65_HS1-834228961_62-HQ-83894_Section_7
Agency: FBI
Page 24
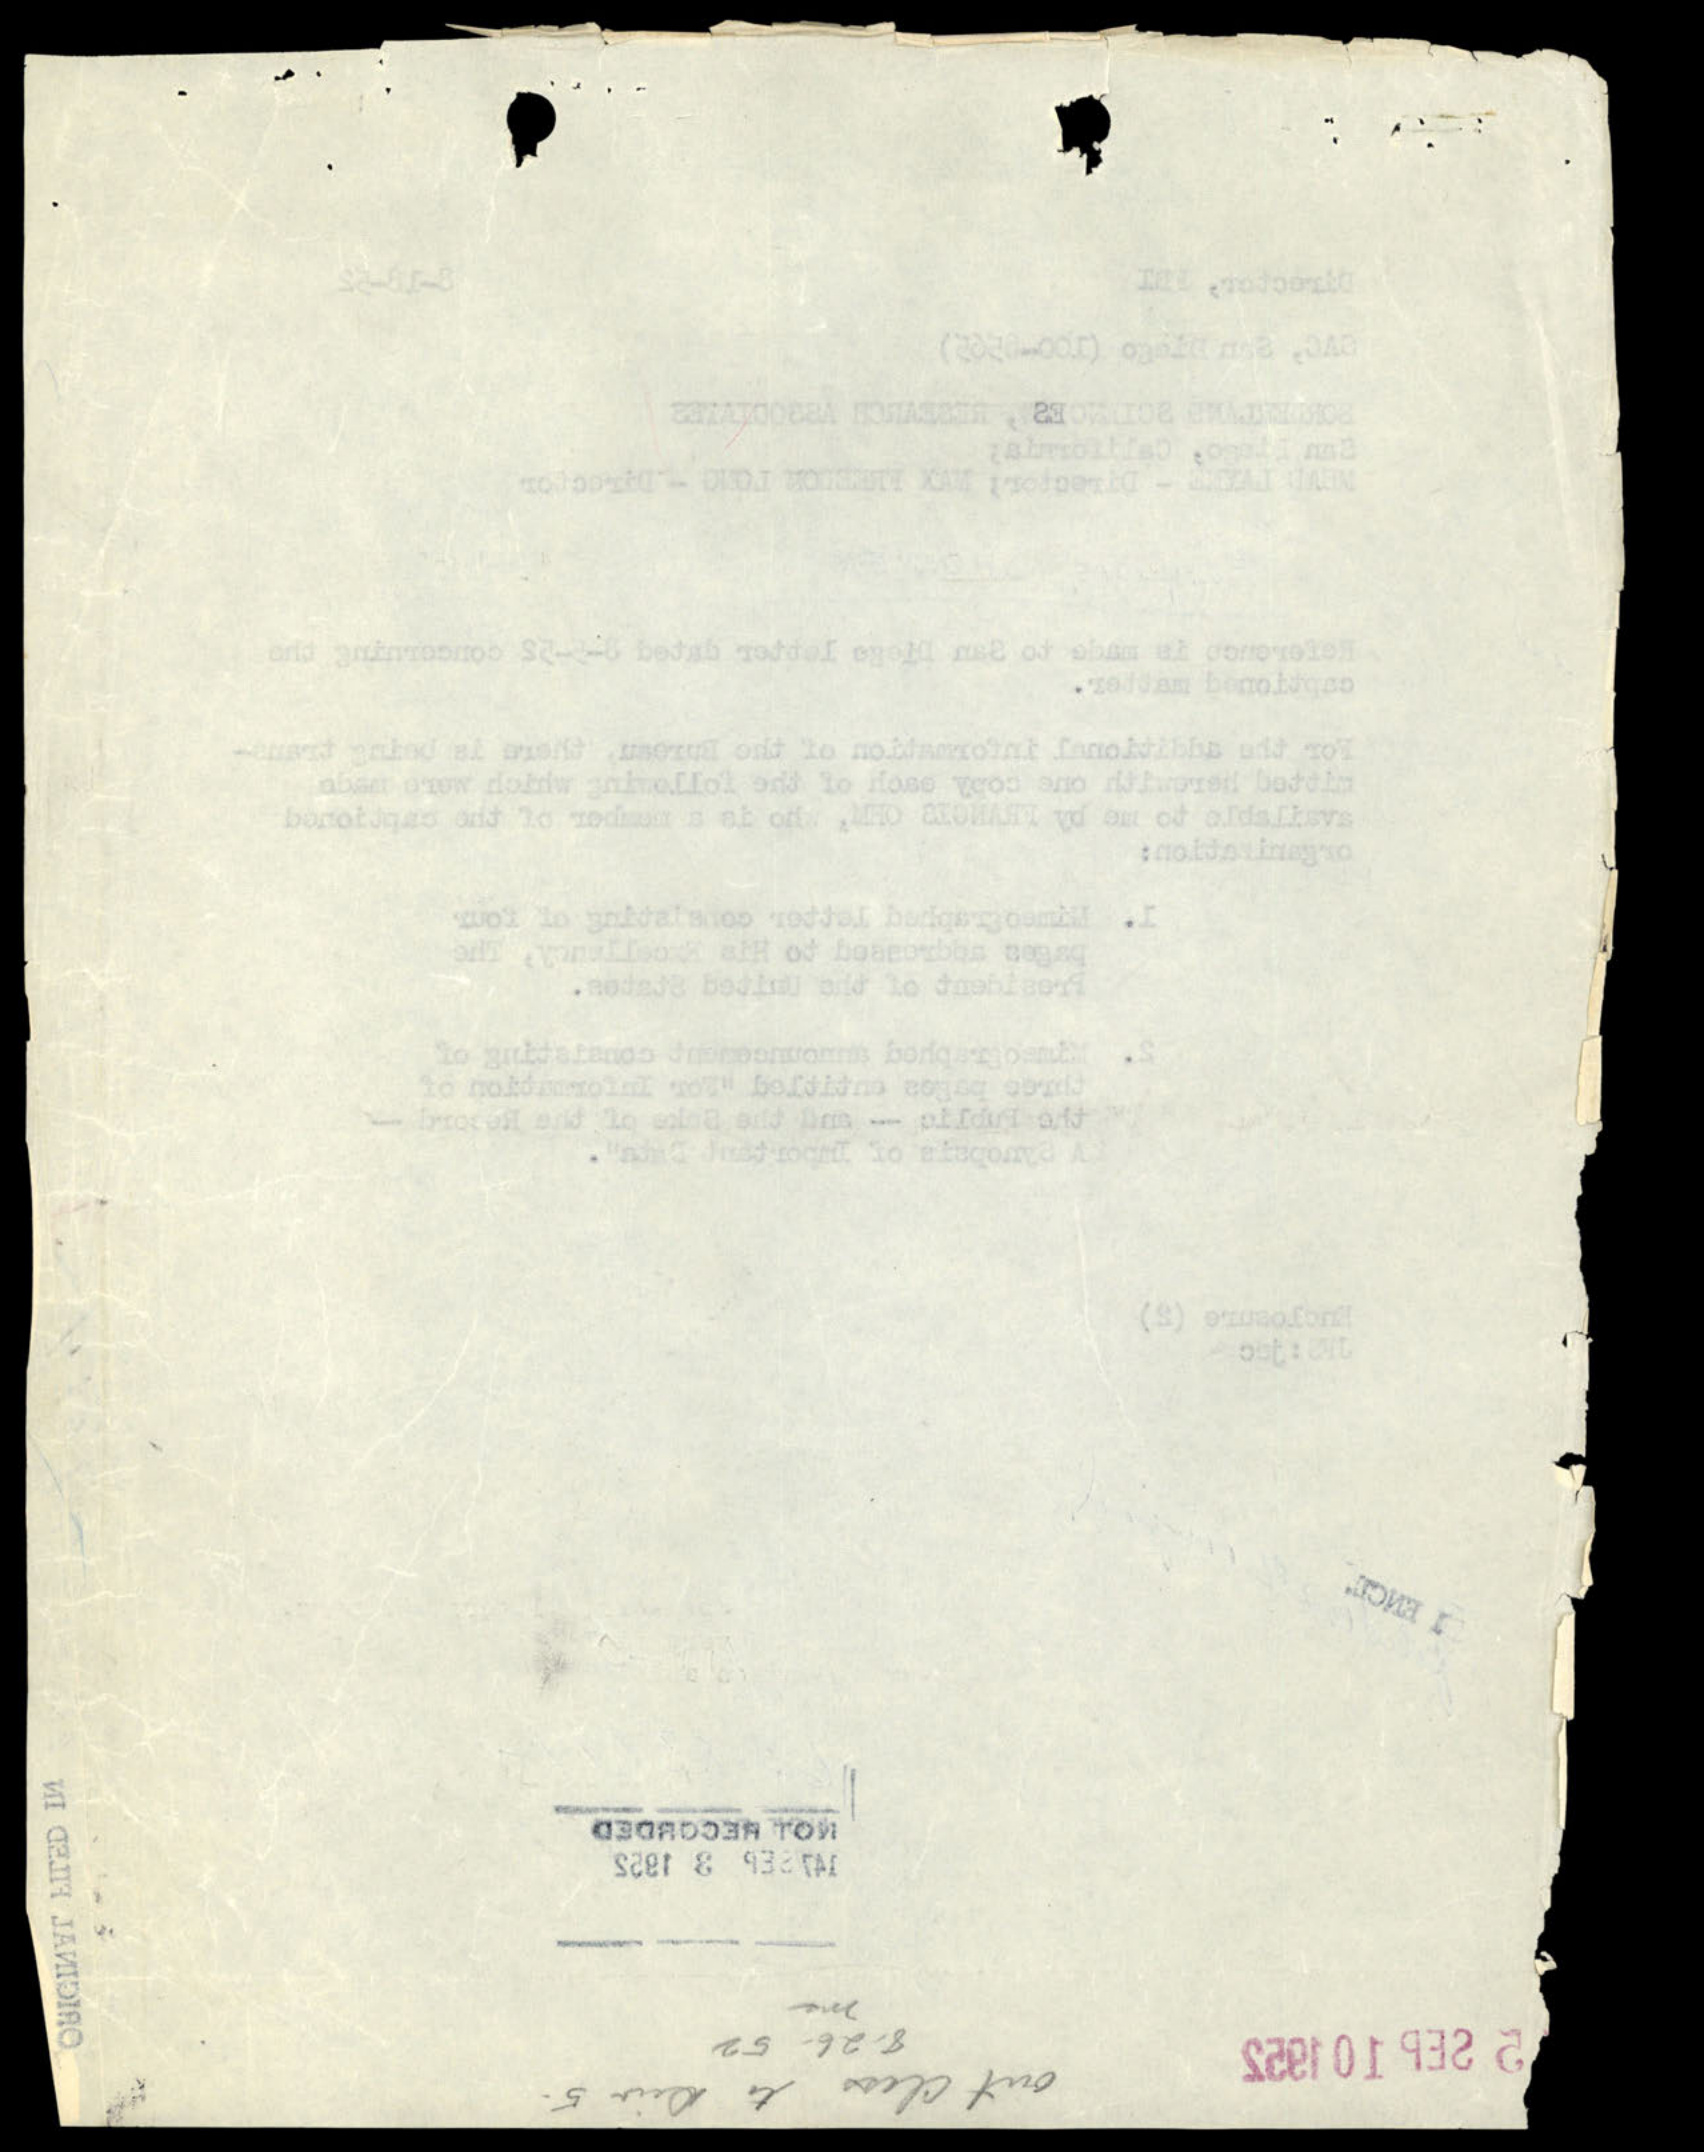